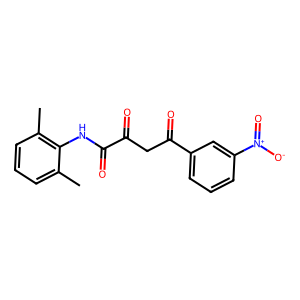
SMILES: Cc1cccc(C)c1NC(=O)C(=O)CC(=O)c1cccc([N+](=O)[O-])c1
Inhibits HIV replication: No